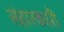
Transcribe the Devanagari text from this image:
संहारकारी